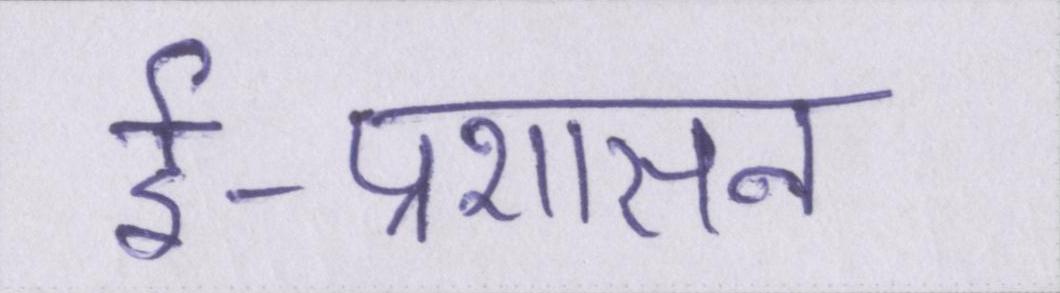
ई-प्रशासन